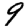
Digit: 9